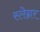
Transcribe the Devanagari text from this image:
स्लेग्नर